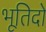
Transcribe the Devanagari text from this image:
भूतिदो